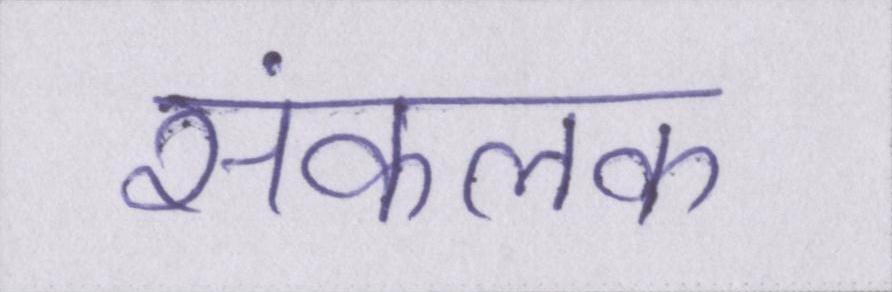
संकलक